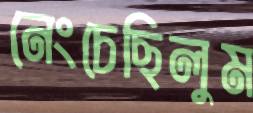
নেংচেছিলুম